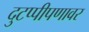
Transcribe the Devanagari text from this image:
दुटप्पीपणावर